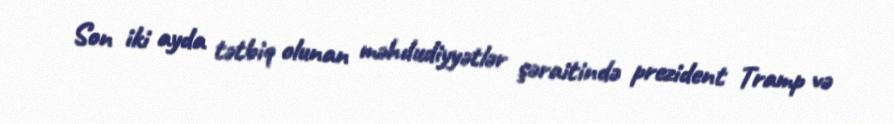
Son iki ayda tətbiq olunan məhdudiyyətlər şəraitində prezident Tramp və